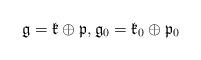
LaTeX: \begin{align*}\mathfrak{g}=\mathfrak{k}\oplus\mathfrak{p}, \mathfrak{g}_0=\mathfrak{k}_0\oplus \mathfrak{p}_0\end{align*}